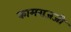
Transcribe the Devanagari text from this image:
कामराजजी